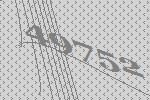
49752